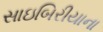
સાઇબિરીયાના